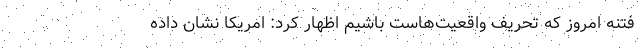
فتنه امروز که تحریف واقعیت‌هاست باشیم اظهار کرد: امریکا نشان داده